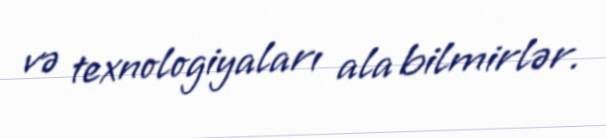
və texnologiyaları ala bilmirlər.